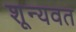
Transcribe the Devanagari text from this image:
शून्यवत